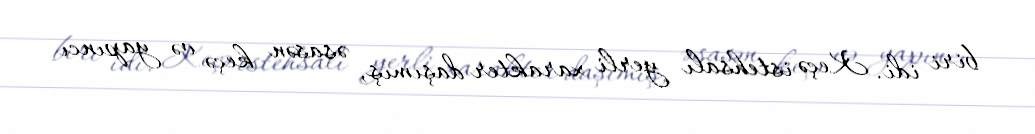
biri idi. Keçə istehsalı yerli xarakter daşımış, əsasən keçə və yapıncı